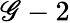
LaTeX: \mathscr{G}-2